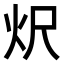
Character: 𭴐